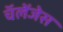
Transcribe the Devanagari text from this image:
चॅलेंजेस